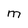
Character: M